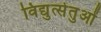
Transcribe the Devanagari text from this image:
विद्युत्सेतुओं